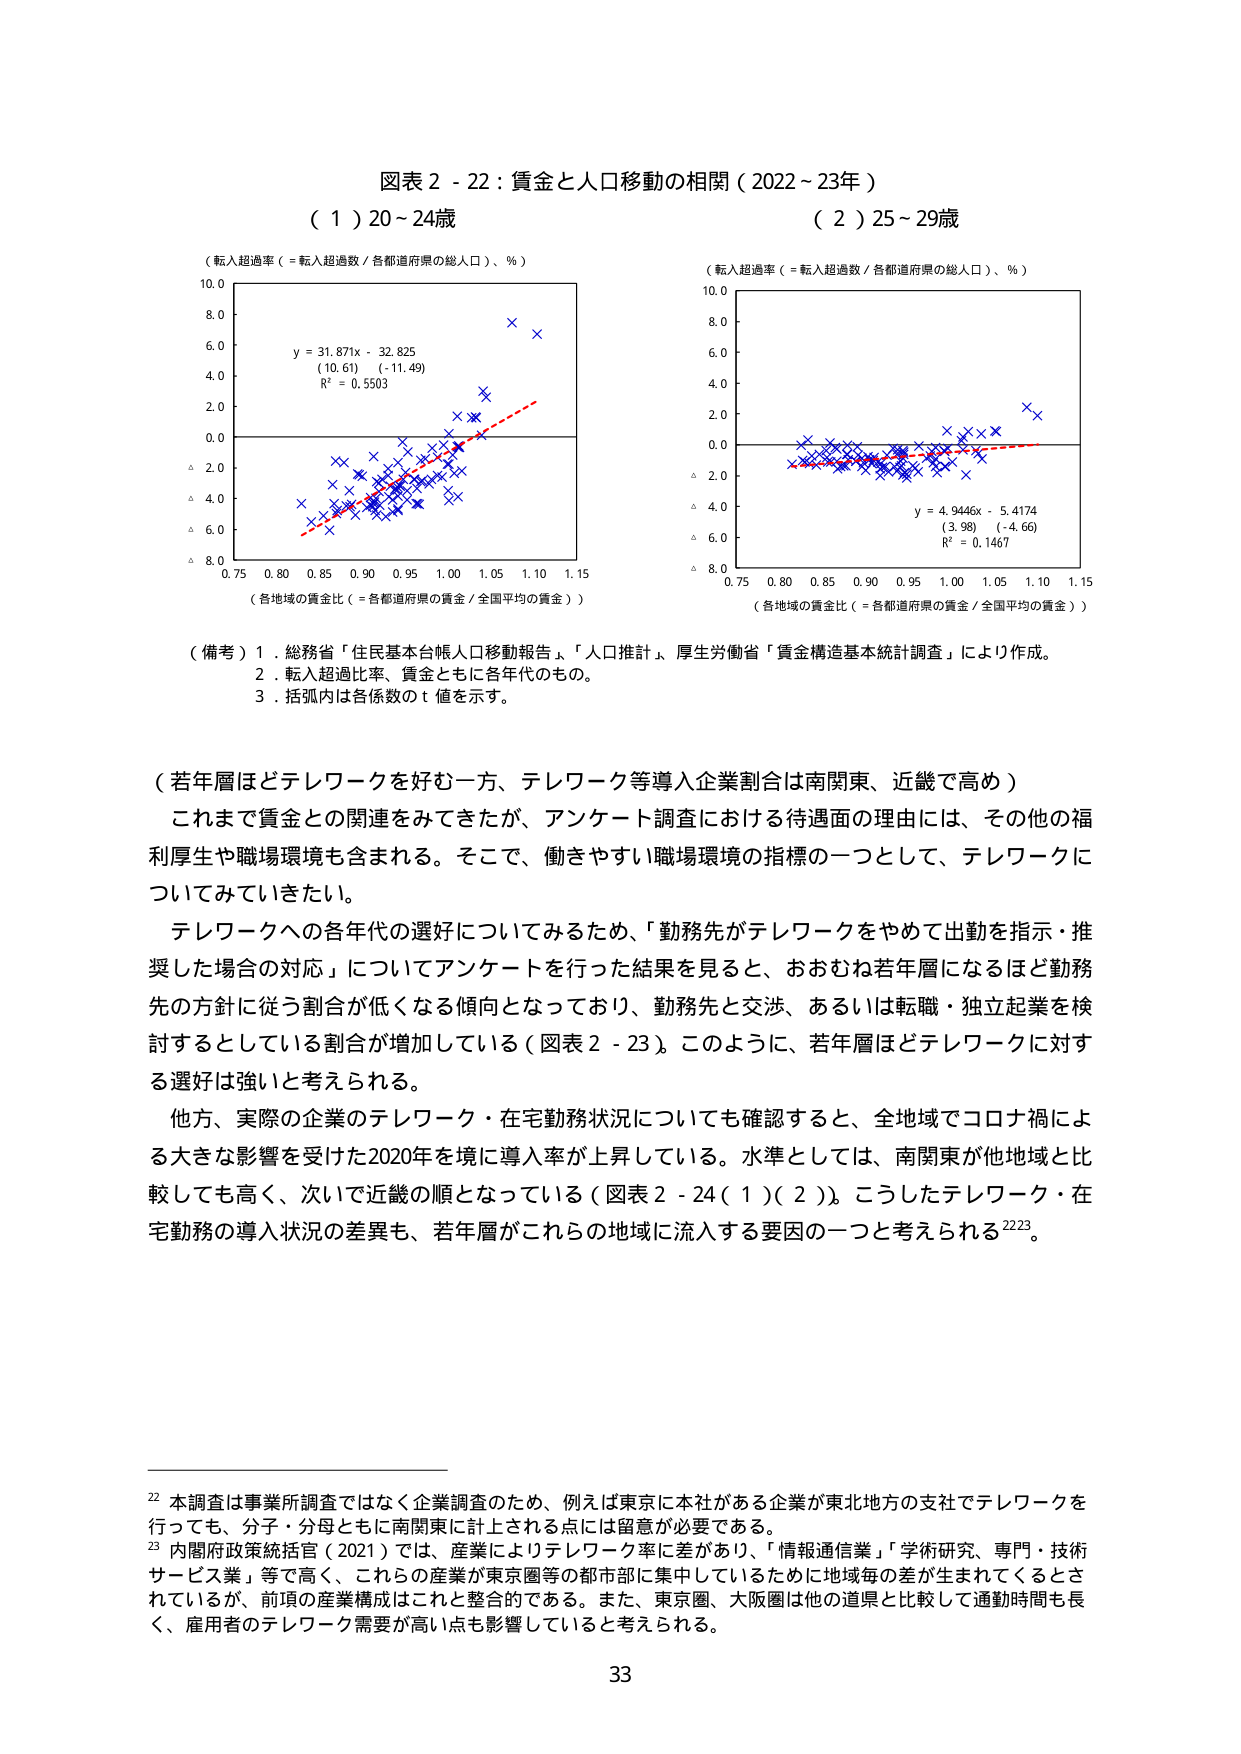
図表２－２２：賃金と人口移動の相関（2022～23年）

（１）20～24歳
（転入超過率（＝転入超過数／各都道府県の総人口）、％）
y = 31.871x - 32.825
(10.61) (-11.49)
R² = 0.5503
（各地域の賃金比（＝各都道府県の賃金／全国平均の賃金））

（２）25～29歳
（転入超過率（＝転入超過数／各都道府県の総人口）、％）
y = 4.9446x - 5.4174
(3.98) (-4.66)
R² = 0.1467
（各地域の賃金比（＝各都道府県の賃金／全国平均の賃金））

（備考）１．総務省「住民基本台帳人口移動報告」、「人口推計」、厚生労働省「賃金構造基本統計調査」により作成。
　　　２．転入超過比率、賃金ともに各年代のもの。
　　　３．括弧内は各係数のｔ値を示す。

（若年層ほどテレワークを好む一方、テレワーク等導入企業割合は南関東、近畿で高い）
これまで賃金との関連をみてきたが、アンケート調査における待遇面の理由には、その他の福利厚生や職場環境も含まれる。そこで、働きやすい職場環境の指標の一つとして、テレワークについてみていくたい。
テレワークへの各年代の選好についてみるため、「勤務先がテレワークをやめて出勤を指示・推奨した場合の対応」についてアンケートを行った結果を見ると、おおむね若年層になるほど勤務先の方針に従う割合が低くなる傾向となっており、勤務先と交渉、あるいは転職・独立起業を検討するとしている割合が増加している（図表２－２３）。このように、若年層ほどテレワークに対する選好は強いと考えられる。
他方、実際の企業のテレワーク・在宅勤務状況についても確認すると、全地域でコロナ禍による大きな影響を受けた2020年を境に導入率が上昇している。水準としては、南関東が他地域と比較しても高く、次いで近畿の順となっている（図表２－２４（１）（２））。こうしたテレワーク・在宅勤務の導入状況の差異も、若年層がこれらの地域に流入する要因の一つと考えられる2223。

22 本調査は事業所調査ではなく企業調査のため、例えば東京に本社がある企業が東北地方の支社でテレワークを行っても、分子・分母ともに南関東に計上される点には留意が必要である。
23 内閣府政策統括官（2021）では、産業によりテレワーク率に差があり、「情報通信業」「学術研究、専門・技術サービス業」等で高く、これらの産業が東京圏等の都市部に集中しているために地域毎の差が生まれてくるとされているが、前項の産業構成はこれと整合的である。また、東京圏、大阪圏は他の道県と比較して通勤時間も長く、雇用者のテレワーク需要が高い点も影響していると考えられる。

33